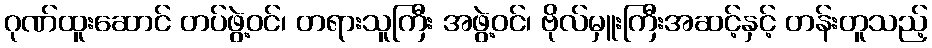
ဂုဏ်ထူးဆောင် တပ်ဖွဲ့ဝင်၊ တရားသူကြီး အဖွဲ့ဝင်၊ ဗိုလ်မှူးကြီးအဆင့်နှင့် တန်းတူသည့်